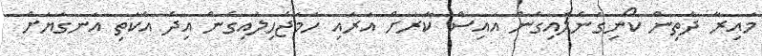
މައިރާ ދެތިން ކޯނިގަނެލައިގެން އައިސް ކާރަށް އަރައި ހަމަޖެހިލައިގެން އިދެ އެކަތި އަނގަޔަށް